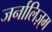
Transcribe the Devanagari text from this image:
जर्नालिज़्म